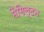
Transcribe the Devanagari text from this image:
मैगिल्टन